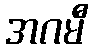
အဂမီ